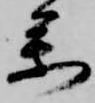
参